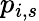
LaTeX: p_{i,s}